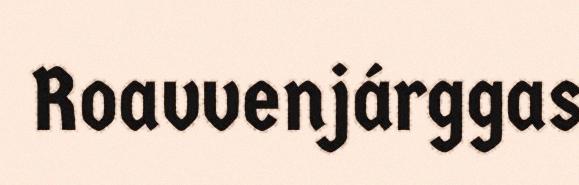
Roavvenjárggas